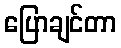
ပြောချင်တာ